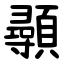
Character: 䫮